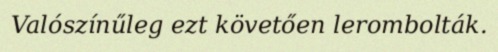
Valószínűleg ezt követően lerombolták.